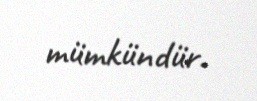
mümkündür.